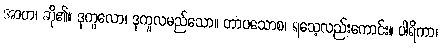
အာဟ၊ ဆို၏။ ဒုကူလော၊ ဒုကူလမည်သော။ တာပသောစ၊ ရသေ့လည်းကောင်း။ ပါရိကာ၊